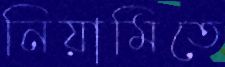
নিয়ামিতে